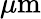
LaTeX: \mu\mathrm{m}